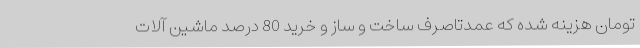
تومان هزینه شده که عمدتاًصرف ساخت و ساز و خرید 80 درصد ماشین آلات